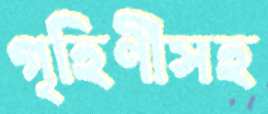
গৃহিণীসহ